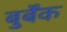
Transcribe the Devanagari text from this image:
बुर्बेंक